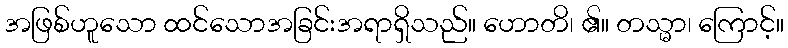
အဖြစ်ဟူသော ထင်သောအခြင်းအရာရှိသည်။ ဟောတိ၊ ၏။ တသ္မာ၊ ကြောင့်။